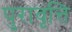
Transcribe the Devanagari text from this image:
पुरावृत्ति